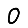
Digit: 0